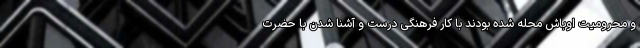
و محرومیت اوباش محله شده بودند با کار فرهنگی درست و آشنا شدن با حضرت